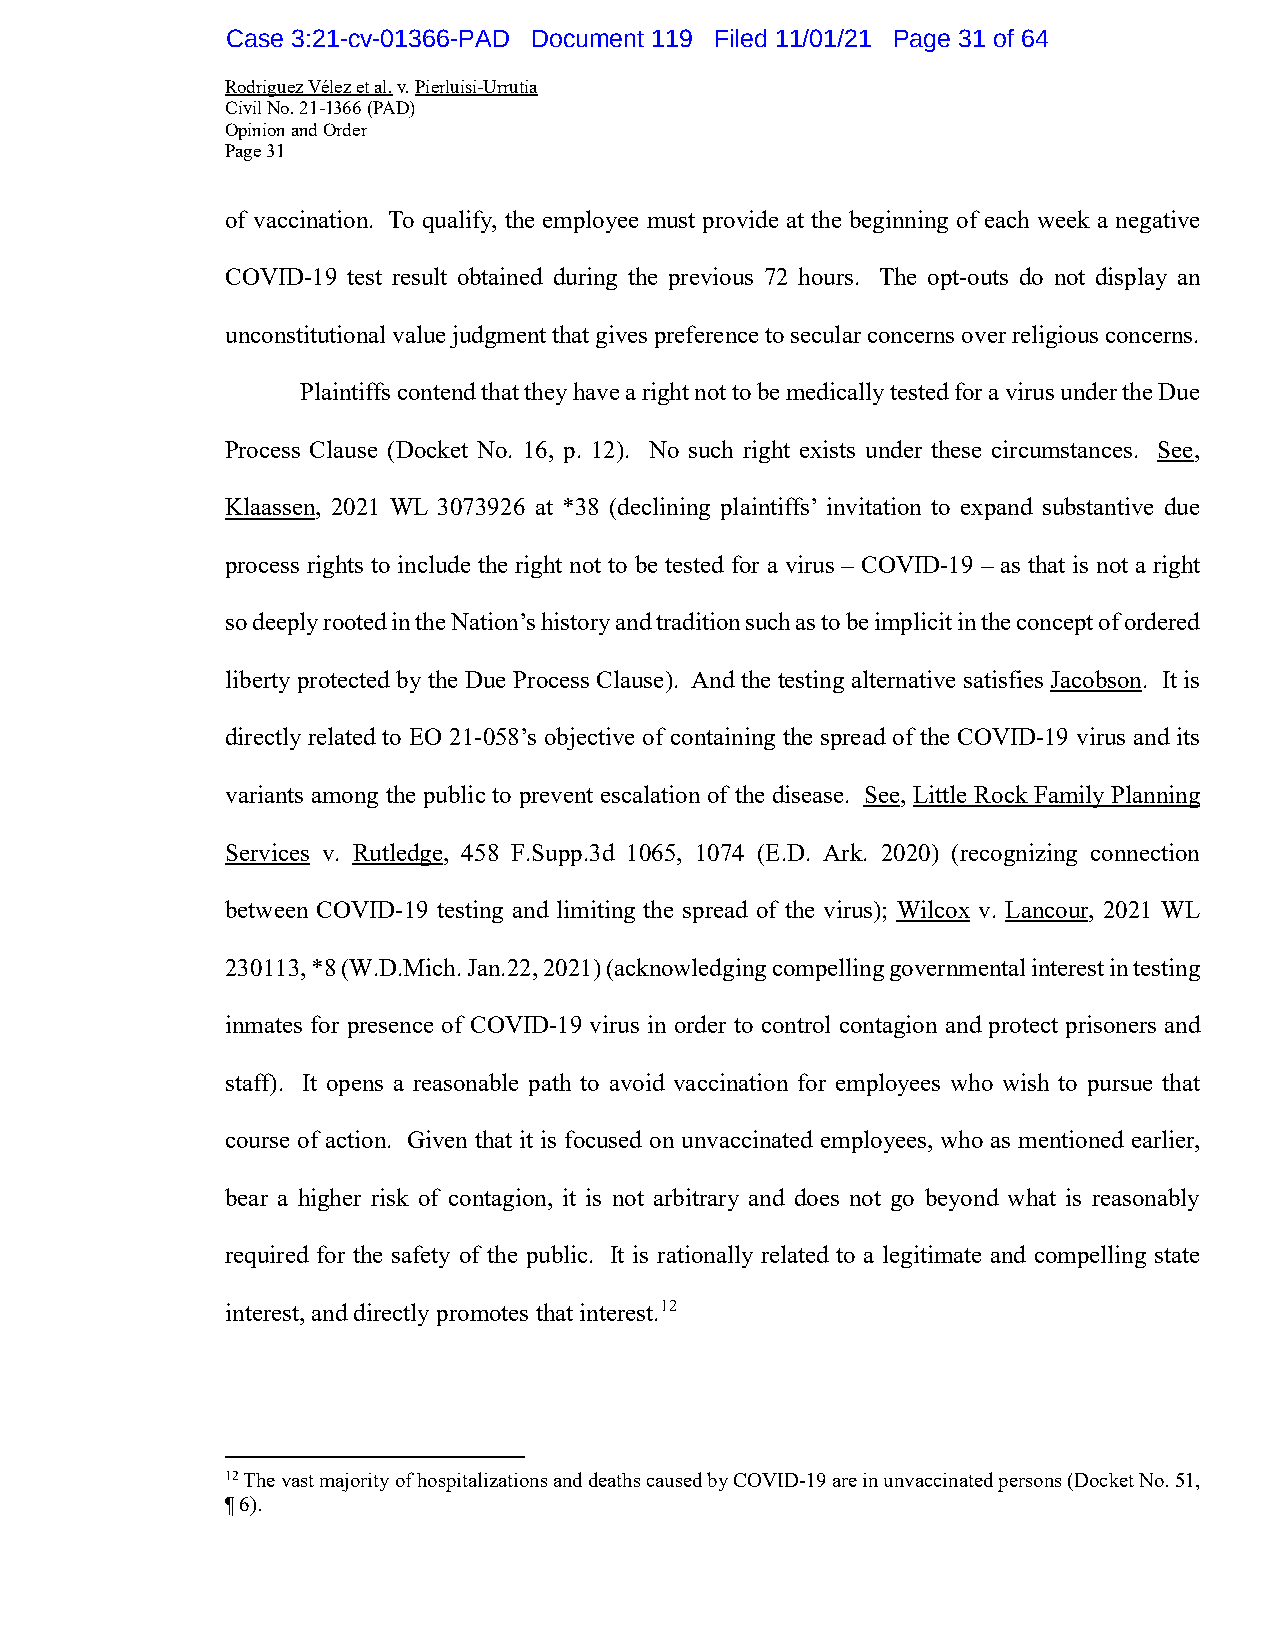
Case 3:21-cv-01366-PAD Document 119 Filed 11/01/21 Page 31 of 64
 Rodriguez Vélez et al. v. Pierluisi-Urrutia
 Civil No. 21-1366 (PAD)
 Opinion and Order
 Page 31
 of vaccination. To qualify, the employee must provide at the beginning of each week a negative
 COVID-19 test result obtained during the previous 72 hours. The opt-outs do not display an
 unconstitutional value judgment that gives preference to secular concerns over religious concerns.
 Plaintiffs contend that they have a right not to be medically tested for a virus under the Due
 Process Clause (Docket No. 16, p. 12). No such right exists under these circumstances. See,
 Klaassen, 2021 WL 3073926 at *38 (declining plaintiffs’ invitation to expand substantive due
 process rights to include the right not to be tested for a virus – COVID-19 – as that is not a right
 so deeply rooted in the Nation’s history and tradition such as to be implicit in the concept of ordered
 liberty protected by the Due Process Clause). And the testing alternative satisfies Jacobson. It is
 directly related to EO 21-058’s objective of containing the spread of the COVID-19 virus and its
 variants among the public to prevent escalation of the disease. See, Little Rock Family Planning
 Services v. Rutledge, 458 F.Supp.3d 1065, 1074 (E.D. Ark. 2020) (recognizing connection
 between COVID-19 testing and limiting the spread of the virus); Wilcox v. Lancour, 2021 WL
 230113, *8 (W.D.Mich. Jan.22, 2021) (acknowledging compelling governmental interest in testing
 inmates for presence of COVID-19 virus in order to control contagion and protect prisoners and
 staff). It opens a reasonable path to avoid vaccination for employees who wish to pursue that
 course of action. Given that it is focused on unvaccinated employees, who as mentioned earlier,
 bear a higher risk of contagion, it is not arbitrary and does not go beyond what is reasonably
 required for the safety of the public. It is rationally related to a legitimate and compelling state
 interest, and directly promotes that interest.12
 12 The vast majority of hospitalizations and deaths caused by COVID-19 are in unvaccinated persons (Docket No. 51,
 ¶ 6).